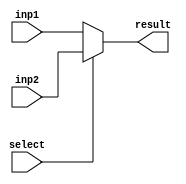
`timescale 1ns / 1ps

module mux
	 #(
    //parameters
	 parameter NO_of_mux_inputs = 32	//defult 32 bit multiplexer
	 )
	 (
	 //ports declaration 
	 input [NO_of_mux_inputs-1:0] inp1,
	 input [NO_of_mux_inputs-1:0] inp2,
	 input select,
	 output reg[NO_of_mux_inputs-1:0] result
	 );
	 
	 
	
	 always@(inp1,inp2,select) begin
		if(select == 0)
			result = inp1;
		else
			result = inp2;
	 end


endmodule